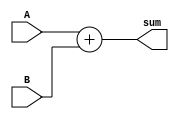
module Adder (
    input wire A,
    input wire B,
    output reg sum
);

always @* begin
    sum = A + B;
end

endmodule